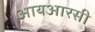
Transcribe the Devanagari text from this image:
आयआरसी